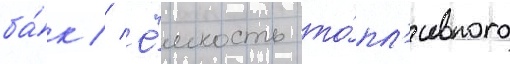
ба́к // Ё́мкость то́пл'ивного